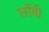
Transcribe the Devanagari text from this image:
लाॅबी